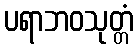
ပရာဘဝသုတ္တံ